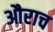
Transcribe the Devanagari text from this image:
औराच